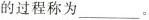
的过程称为___。